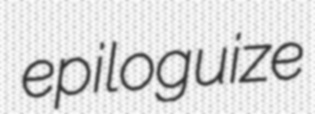
epiloguize